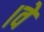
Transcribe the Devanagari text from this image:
।वे